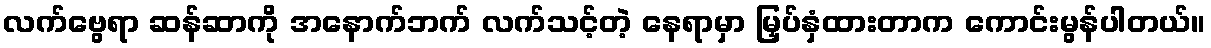
လက်ဗွေရာ ဆန်ဆာကို အနောက်ဘက် လက်သင့်တဲ့ နေရာမှာ မြှပ်နှံထားတာက ကောင်းမွန်ပါတယ်။